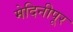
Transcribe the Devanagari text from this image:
मेदिनीपूर